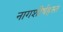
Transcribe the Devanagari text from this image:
नागशीर्षहस्त